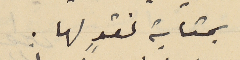
بمثابة نقدٍ لها .